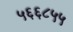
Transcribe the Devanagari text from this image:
५६६८५५